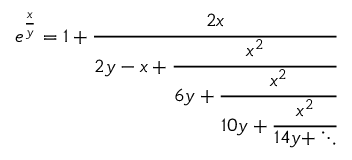
e ^ { \frac { x } { y } } = 1 + { \cfrac { 2 x } { 2 y - x + { \cfrac { x ^ { 2 } } { 6 y + { \cfrac { x ^ { 2 } } { 1 0 y + { \cfrac { x ^ { 2 } } { 1 4 y + \ddots } } } } } } } }